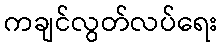
ကချင်လွတ်လပ်ရေး